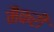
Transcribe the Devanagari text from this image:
मैकरी